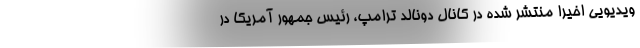
ویدیویی اخیرا منتشر شده در کانال دونالد ترامپ، رئیس جمهور آمریکا در